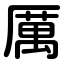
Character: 厲